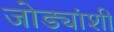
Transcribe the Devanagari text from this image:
जोड्यांशी